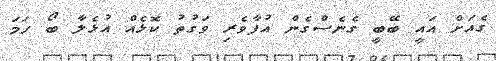
ގެއަށް އައީ ބޭބީ ގެނެސްގެން އުފާވެރި ވަގުތު ކޮޅެއް އުޅެލާ ބޯ ހަމަ